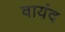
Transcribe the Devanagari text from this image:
वायंद